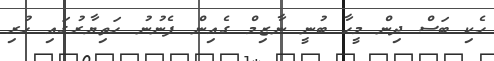
ހެކި ބަސް ދިން މީހާ ބުނީ ނާޒިމް ގެއިން ފެނުނު ހަތިޔާރުގައި ހުރި